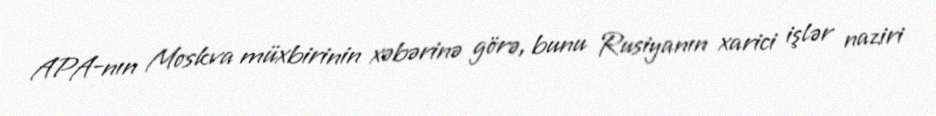
APA-nın Moskva müxbirinin xəbərinə görə, bunu Rusiyanın xarici işlər naziri